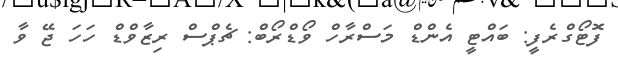
ފޮޓޯގްރެފީ: ބައްޓީ އެންޑް މަސްރާހް ވޯޑްރޯބް: ޗެޕްސް ރިޒާވްޑް ހަހަ ޖޭ ވާ